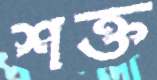
শক্ত